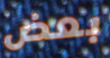
بعض